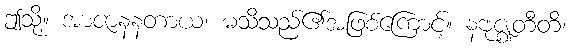
ဤသို့။ အာဇာနနတာယ၊ မသိသည်၏အဖြစ်ကြောင့်။ နဗုဇ္ဈတီတိ၊